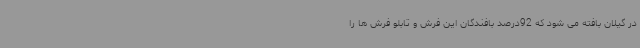
در گیلان بافته می شود که 92درصد بافندگان این فرش و تابلو فرش ها را